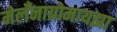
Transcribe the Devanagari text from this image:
मेलँनाग्रोमायझा